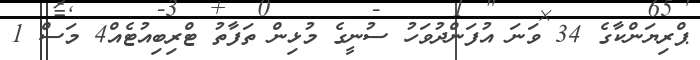
ޕްރިޔަންކާގެ 34 ވަނަ އުފަންދުވަހު ސުނީގެ މުޅިން ތަފާތު ޓްރިބިއުޓެއް4 މަސް 1